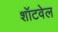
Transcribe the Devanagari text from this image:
शॉटवेल